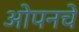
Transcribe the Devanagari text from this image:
ओपनचे